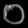
Digit: ၀